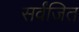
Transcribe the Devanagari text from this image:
सर्वंजित